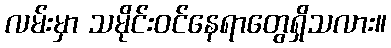
လမ်းမှာ သမိုင်းဝင်နေရာတွေရှိသလား။